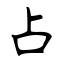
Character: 占